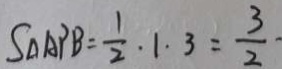
S _ { \Delta A P B } = \frac { 1 } { 2 } \cdot 1 \cdot 3 = \frac { 3 } { 2 } \cdot